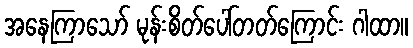
အနေကြာသော် မုန်းစိတ်ပေါ်တတ်ကြောင်း ဂါထာ။